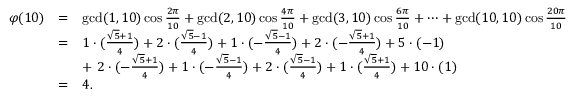
{ \begin{array} { r c l } { \varphi ( 1 0 ) } & { = } & { \operatorname* { g c d } ( 1 , 1 0 ) \cos { \frac { 2 \pi } { 1 0 } } + \operatorname* { g c d } ( 2 , 1 0 ) \cos { \frac { 4 \pi } { 1 0 } } + \operatorname* { g c d } ( 3 , 1 0 ) \cos { \frac { 6 \pi } { 1 0 } } + \cdots + \operatorname* { g c d } ( 1 0 , 1 0 ) \cos { \frac { 2 0 \pi } { 1 0 } } } \\ & { = } & { 1 \cdot ( { \frac { { \sqrt { 5 } } + 1 } { 4 } } ) + 2 \cdot ( { \frac { { \sqrt { 5 } } - 1 } { 4 } } ) + 1 \cdot ( - { \frac { { \sqrt { 5 } } - 1 } { 4 } } ) + 2 \cdot ( - { \frac { { \sqrt { 5 } } + 1 } { 4 } } ) + 5 \cdot ( - 1 ) } \\ & & { + \ 2 \cdot ( - { \frac { { \sqrt { 5 } } + 1 } { 4 } } ) + 1 \cdot ( - { \frac { { \sqrt { 5 } } - 1 } { 4 } } ) + 2 \cdot ( { \frac { { \sqrt { 5 } } - 1 } { 4 } } ) + 1 \cdot ( { \frac { { \sqrt { 5 } } + 1 } { 4 } } ) + 1 0 \cdot ( 1 ) } \\ & { = } & { 4 . } \end{array} }